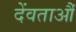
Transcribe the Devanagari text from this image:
देंवताऔं